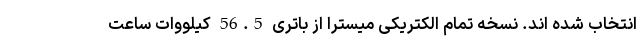
انتخاب شده اند. نسخه تمام الکتریکی میسترا از باتری 56.5 کیلووات ساعت